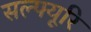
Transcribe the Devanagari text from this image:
सल्फ्यूरि